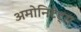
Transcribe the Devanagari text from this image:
अमोनिटेट्स